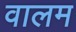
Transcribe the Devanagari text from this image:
वालम